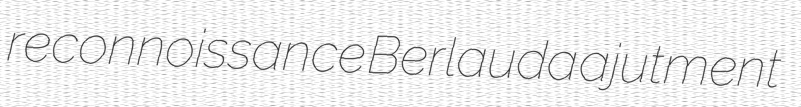
reconnoissance Berlauda ajutment